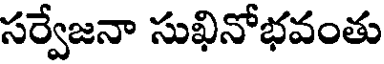
సర్వేజనా సుఖినోభవంతు